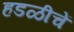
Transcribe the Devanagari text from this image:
हडळीचें